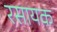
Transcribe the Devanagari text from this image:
रसायक